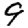
Digit: 9